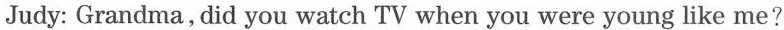
Judy: Grandma, did you watch TV when you were young like me?